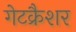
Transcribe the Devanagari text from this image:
गेटक्रैशर